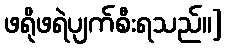
ဖရိုဖရဲပျက်စီးရသည်။]